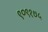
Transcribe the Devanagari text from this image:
९०९१७५